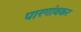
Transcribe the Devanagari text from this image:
पारगांवकर